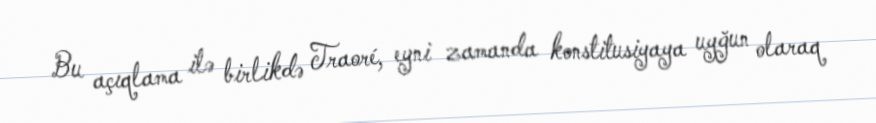
Bu açıqlama ilə birlikdə Traoré, eyni zamanda konstitusiyaya uyğun olaraq